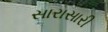
સારાસારી